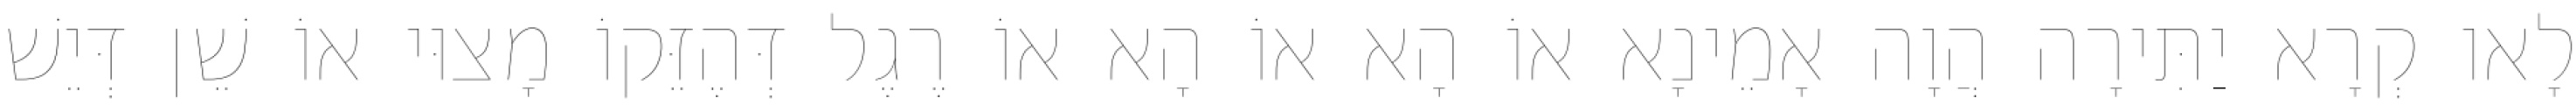
לָאו קְרָא יַתִּירָה הֲוָה אָמֵינָא אוֹ הָא אוֹ הָא אוֹ רֶגֶל דְּהֶזֵּקוֹ מָצוּי אוֹ שֵׁן דְּיֵשׁ